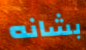
بشانه